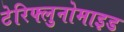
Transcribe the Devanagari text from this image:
टेरिफ्लुनोमाइड